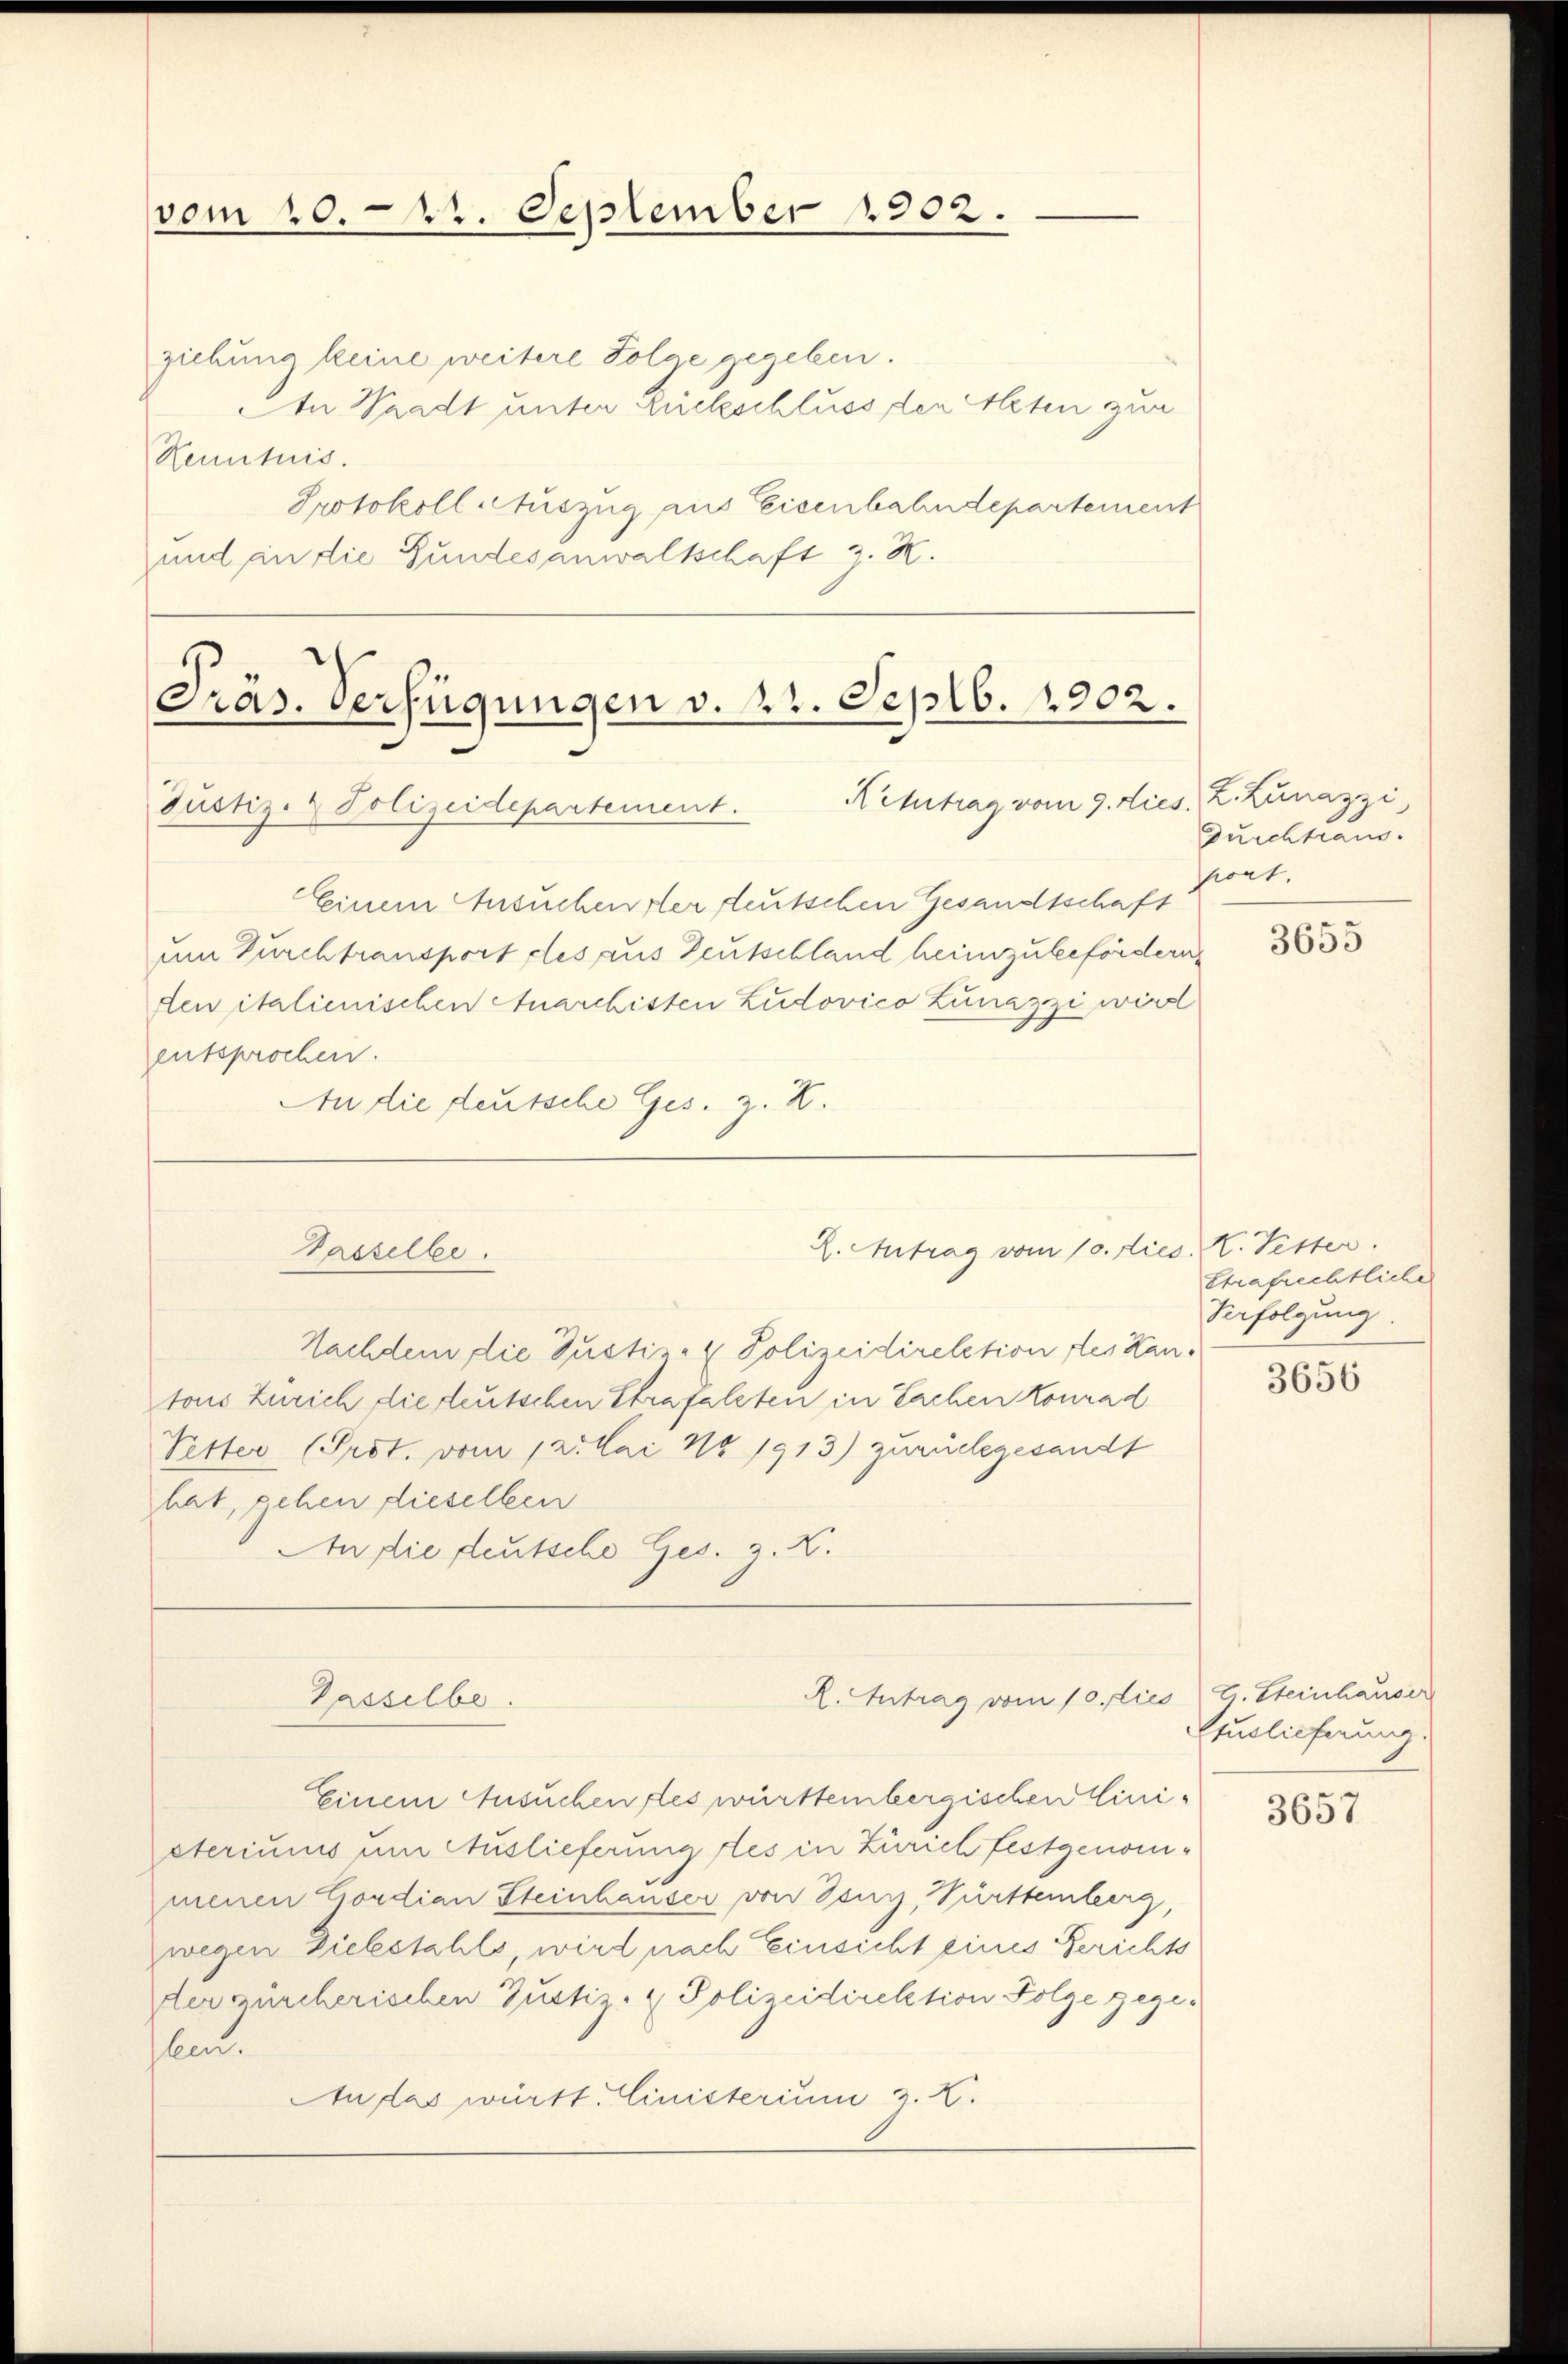
vom 20. 22. September 1902.

ziehung keine weitere Folge gegeben.
An Waadt unter Rückschluss der Alten zur
Henntnis.
Protokoll Auszug aus Eisenbahndepartement
und an die Gundesanwaltschaft z. K.

Präs. Verfügungen v. 22. Septb. 1902.
Kehrtrag vom 9. dies. Z. Zunazzi
Justiz- & Polizeidepartement.

Tasselbe.

Einem Ansuchenster teutschen Gesandtschaft
um Durchtransport les aus Deutschland heimzubefördern
den italienischen Anarchisten Zudovico Lunazzi wirs
entsprochen.
An die deutsche Ges. z. Z.

2. Antrag vom 10. dies. K. Tester.

Nachdem die Justiz- & Polizeidirektion des Kantons Zürich die deutschen Strafalzten in Sachen Konrad
Vetter (Prot. vom 12. Mai No 1913) zurückgesandt
hat, gehen dieselben
An die deutsche Ges. z. Z.
X. Antrag vom 10. lies G. Steinhauser
Gasselbe
Einem Ansuchen les württembergischen Cinisteriums um Auslieferung stes in Zürich festgenommenen Condian Steinhauser von Tenn, Fürttemberg,
wegen Zielestahls, wird nach Einsicht eines Gerichts
der zürcherischen Zustiz- & Polizeidirektion Folge gege-
hlen.
Auflas württ. inisterium z. Z.

Zurchtaus
pont.

3655

Strafrechtliche
Verfolgung

3656

Anlieferung.

3657